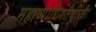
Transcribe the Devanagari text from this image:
महाव्याधिगतैर्दुःखैः